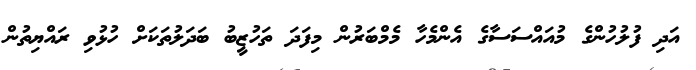
އަދި ފުލުހުންގެ މުއައްސަސާގެ އެންމެހާ މެމްބަރުން މިފަދަ ތަހުޒީބު ބަދަލުތަކަށް ހުޅުވި ރައްޔިތުން